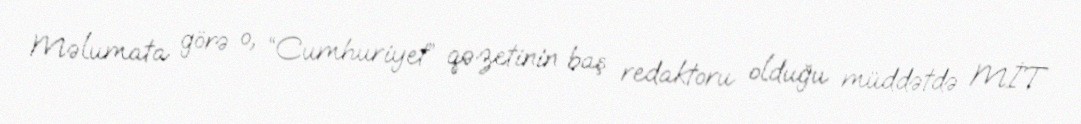
Məlumata görə o, “Cumhuriyet” qəzetinin baş redaktoru olduğu müddətdə MİT